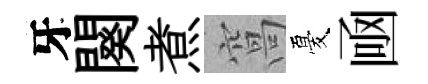
牙闋煮窩憂凾